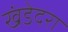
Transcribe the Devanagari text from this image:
खंडेदरा